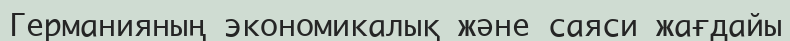
Германияның экономикалық және саяси жағдайы